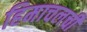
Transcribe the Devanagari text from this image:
हिमाचलची